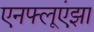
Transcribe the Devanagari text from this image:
एनफ्लूएंझा